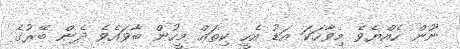
ނޫން ހެއްޔެވެ މިވާހަކަ އަޑު އެހީ ކިތައް މީހުން ބާވައެވެ ދެން ބޭރުގެ